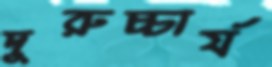
দুরুচ্চার্য